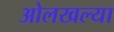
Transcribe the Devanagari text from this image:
ओलखल्या